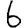
Digit: 6